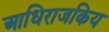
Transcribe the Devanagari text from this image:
आधिराजकिय